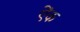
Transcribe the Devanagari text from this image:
ऐंक